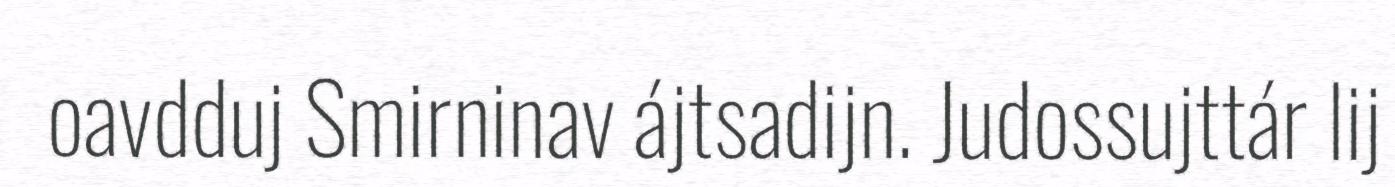
oavdduj Smirninav ájtsadijn. Judossujttár lij